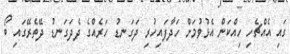
ގައި އެއްޗެހި ހިއްކަން އެޅުވުމަށް ހަދާފައިހުރި ދަގަނޑު ހަރެއްގެ ދެދަގަނޑު ދޭތެރޭގައި ބޯ